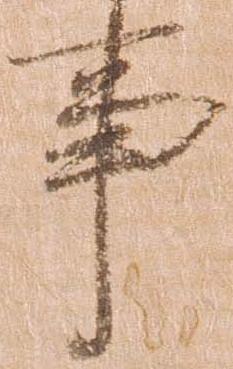
事